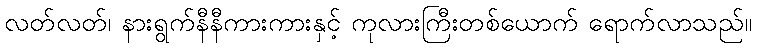
လတ်လတ်၊ နားရွက်နီနီကားကားနှင့် ကုလားကြီးတစ်ယောက် ရောက်လာသည်။